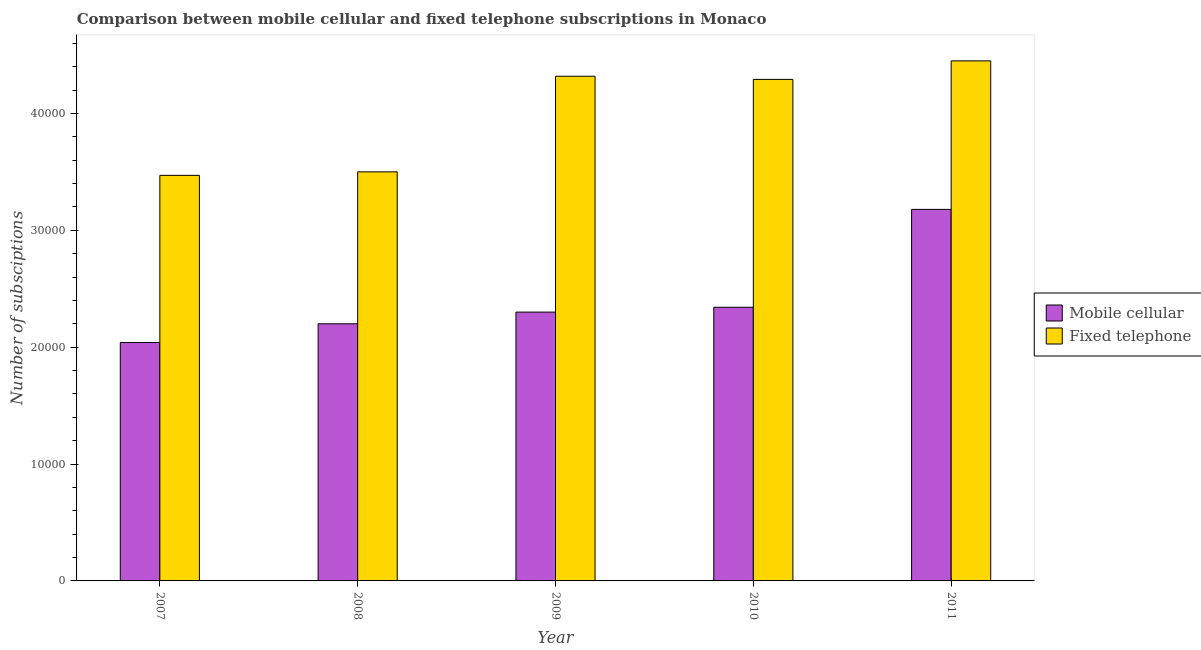
| Year | Mobile cellular | Fixed telephone |
 | --- | --- | --- |
 | 2007 | 2.04e+04 | 3.47e+04 |
 | 2008 | 2.2e+04 | 3.5e+04 |
 | 2009 | 2.3e+04 | 4.32e+04 |
 | 2010 | 2.34e+04 | 4.29e+04 |
 | 2011 | 3.18e+04 | 4.45e+04 |